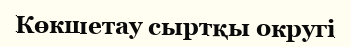
Көкшетау сыртқы округі